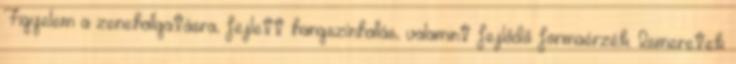
Figyelem a zenehallgatásra, fejlett hangszínhallás, valamint fejlődő formaérzék. Ismeretek